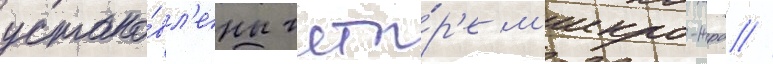
устано́вл'ены четы́р'е м'икро-жрд //